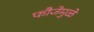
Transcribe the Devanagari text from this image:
फौजेमुळे